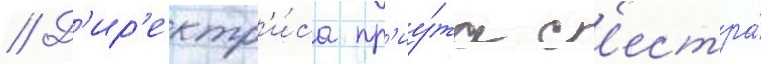
// Д'ир'ектр'и́са пр'иу́та с'естра́